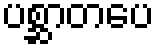
ပစ္ဆာတပေ